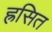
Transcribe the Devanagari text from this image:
ह्रसित